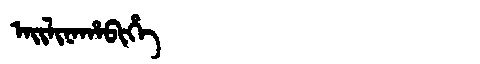
Manchu: ᠠᡳᠯᡳᠨᠠᡥᠠᠪᡳᡥᡝ
Romanization: AILINAHABIHE